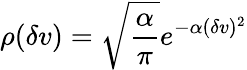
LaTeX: \rho(\delta v)=\sqrt{\frac{\alpha}{\pi}}e^{-\alpha(\delta v)^{2}}